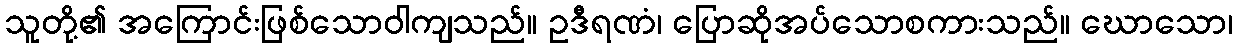
သူတို့၏ အကြောင်းဖြစ်သောဝါကျသည်။ ဥဒီရဏံ၊ ပြောဆိုအပ်သောစကားသည်။ ဃောသော၊